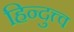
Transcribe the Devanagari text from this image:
हिन्दुत्त्व